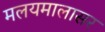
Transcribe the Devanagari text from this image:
मलयमालासर